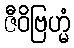
ဇီဝိဗြဟ္မံ